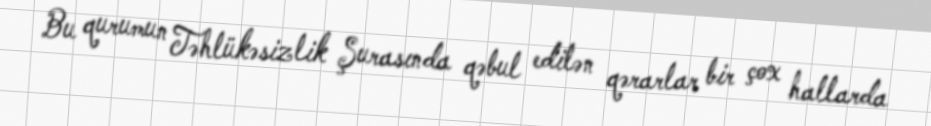
Bu qurumun Təhlükəsizlik Şurasında qəbul edilən qərarlar bir çox hallarda